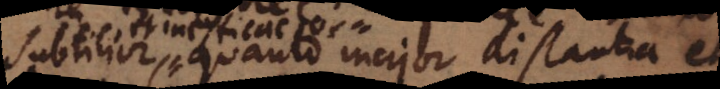
subtilior, quanto major distantia et